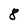
Character: 8